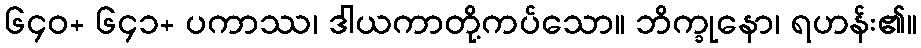
၆၄၀+ ၆၄၁+ ပကာဿ၊ ဒါယကာတို့ကပ်သော။ ဘိက္ခုနော၊ ရဟန်း၏။